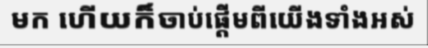
មក ហើយក៏ចាប់ផ្តើមពីយើងទាំងអស់